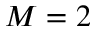
M = 2